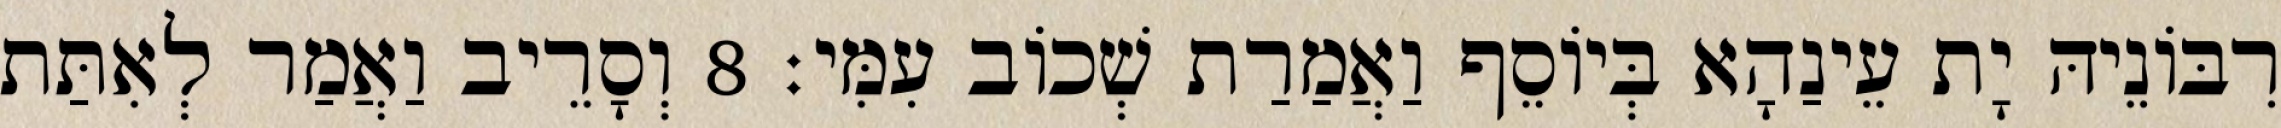
רִבּוֹנֵיהּ יָת עֵינַהָא בְּיוֹסֵף וַאֲמַרַת שְׁכוֹב עִמִּי׃ 8 וְסָרֵיב וַאֲמַר לְאִתַּת